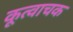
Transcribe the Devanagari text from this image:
कूत्वाचक